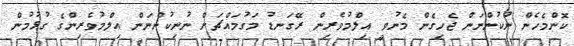
ކޮންމެހެން ނުކުންނަން ޖެހިގެން މެނުވީ އިލްމުވެރިން ރޭގަނޑު މަގުމައްޗަށް ނުނިކުންނަން އިލްމުވެރިންގެ ގުޅުމުން